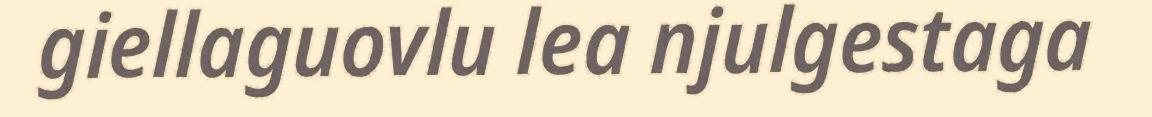
giellaguovlu lea njulgestaga